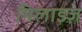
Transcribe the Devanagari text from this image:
मिलाइज़